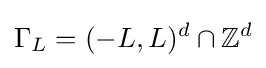
\Gamma _{L}=(-L,L)^{d}\cap \mathbb {Z} ^{d}